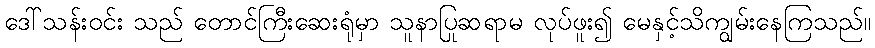
ဒေါ်သန်းဝင်း သည် တောင်ကြီးဆေးရုံမှာ သူနာပြုဆရာမ လုပ်ဖူး၍ မေနှင့်သိကျွမ်းနေကြသည်။